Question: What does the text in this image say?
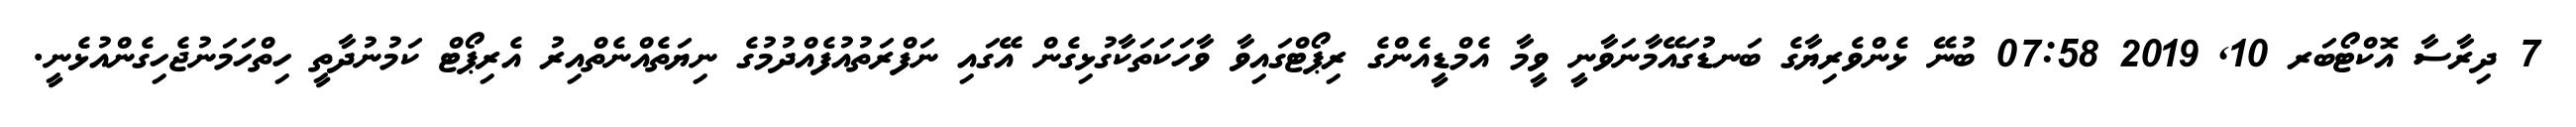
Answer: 7 ދިރާސާ އޮކްޓޯބަރ 10, 2019 07:58 ބުނޭ ޅެންވެރިޔާގެ ބަނޑުގައޭމާނަވާނީ ވީމާ އެމްޑީއެންގެ ރިޕޯޓްގައިވާ ވާހަކަތަކާގުޅިގެން އޭގައި ނަފްރަތުއުފެއްދުމުގެ ނިޔަތެއްނެތްއިރު އެރިޕޯޓް ކަމުނުދާތީ ހިތްހަމަނުޖެހިގެންއުޅެނީ.